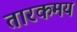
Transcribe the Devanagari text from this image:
तारकमय